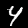
Label: 4